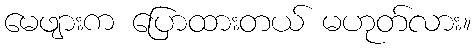
မေဖျားက ပြောထားတယ် မဟုတ်လား။